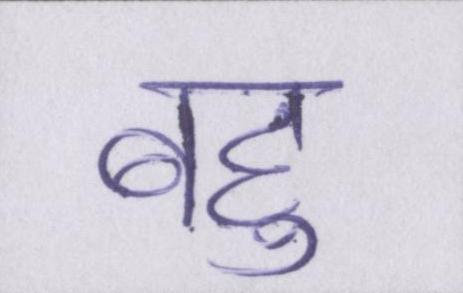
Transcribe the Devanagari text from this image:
बहु